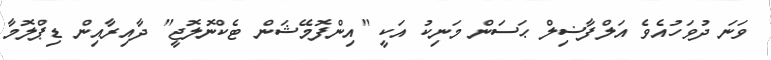
ވަނަ ދުވަހުއެވެ އަލްފާޟިލް ޙަސަން މަނިކު އަކީ "އިންފޮމޭޝަން ޓެކްނޮލޮޖީ" ދާއިރާއިން ޑިޕްލޮމާ